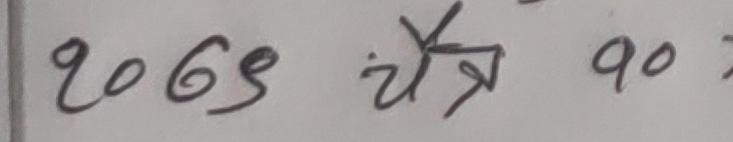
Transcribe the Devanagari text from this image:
२०७९ चैत्र २०